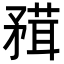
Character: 𥎂